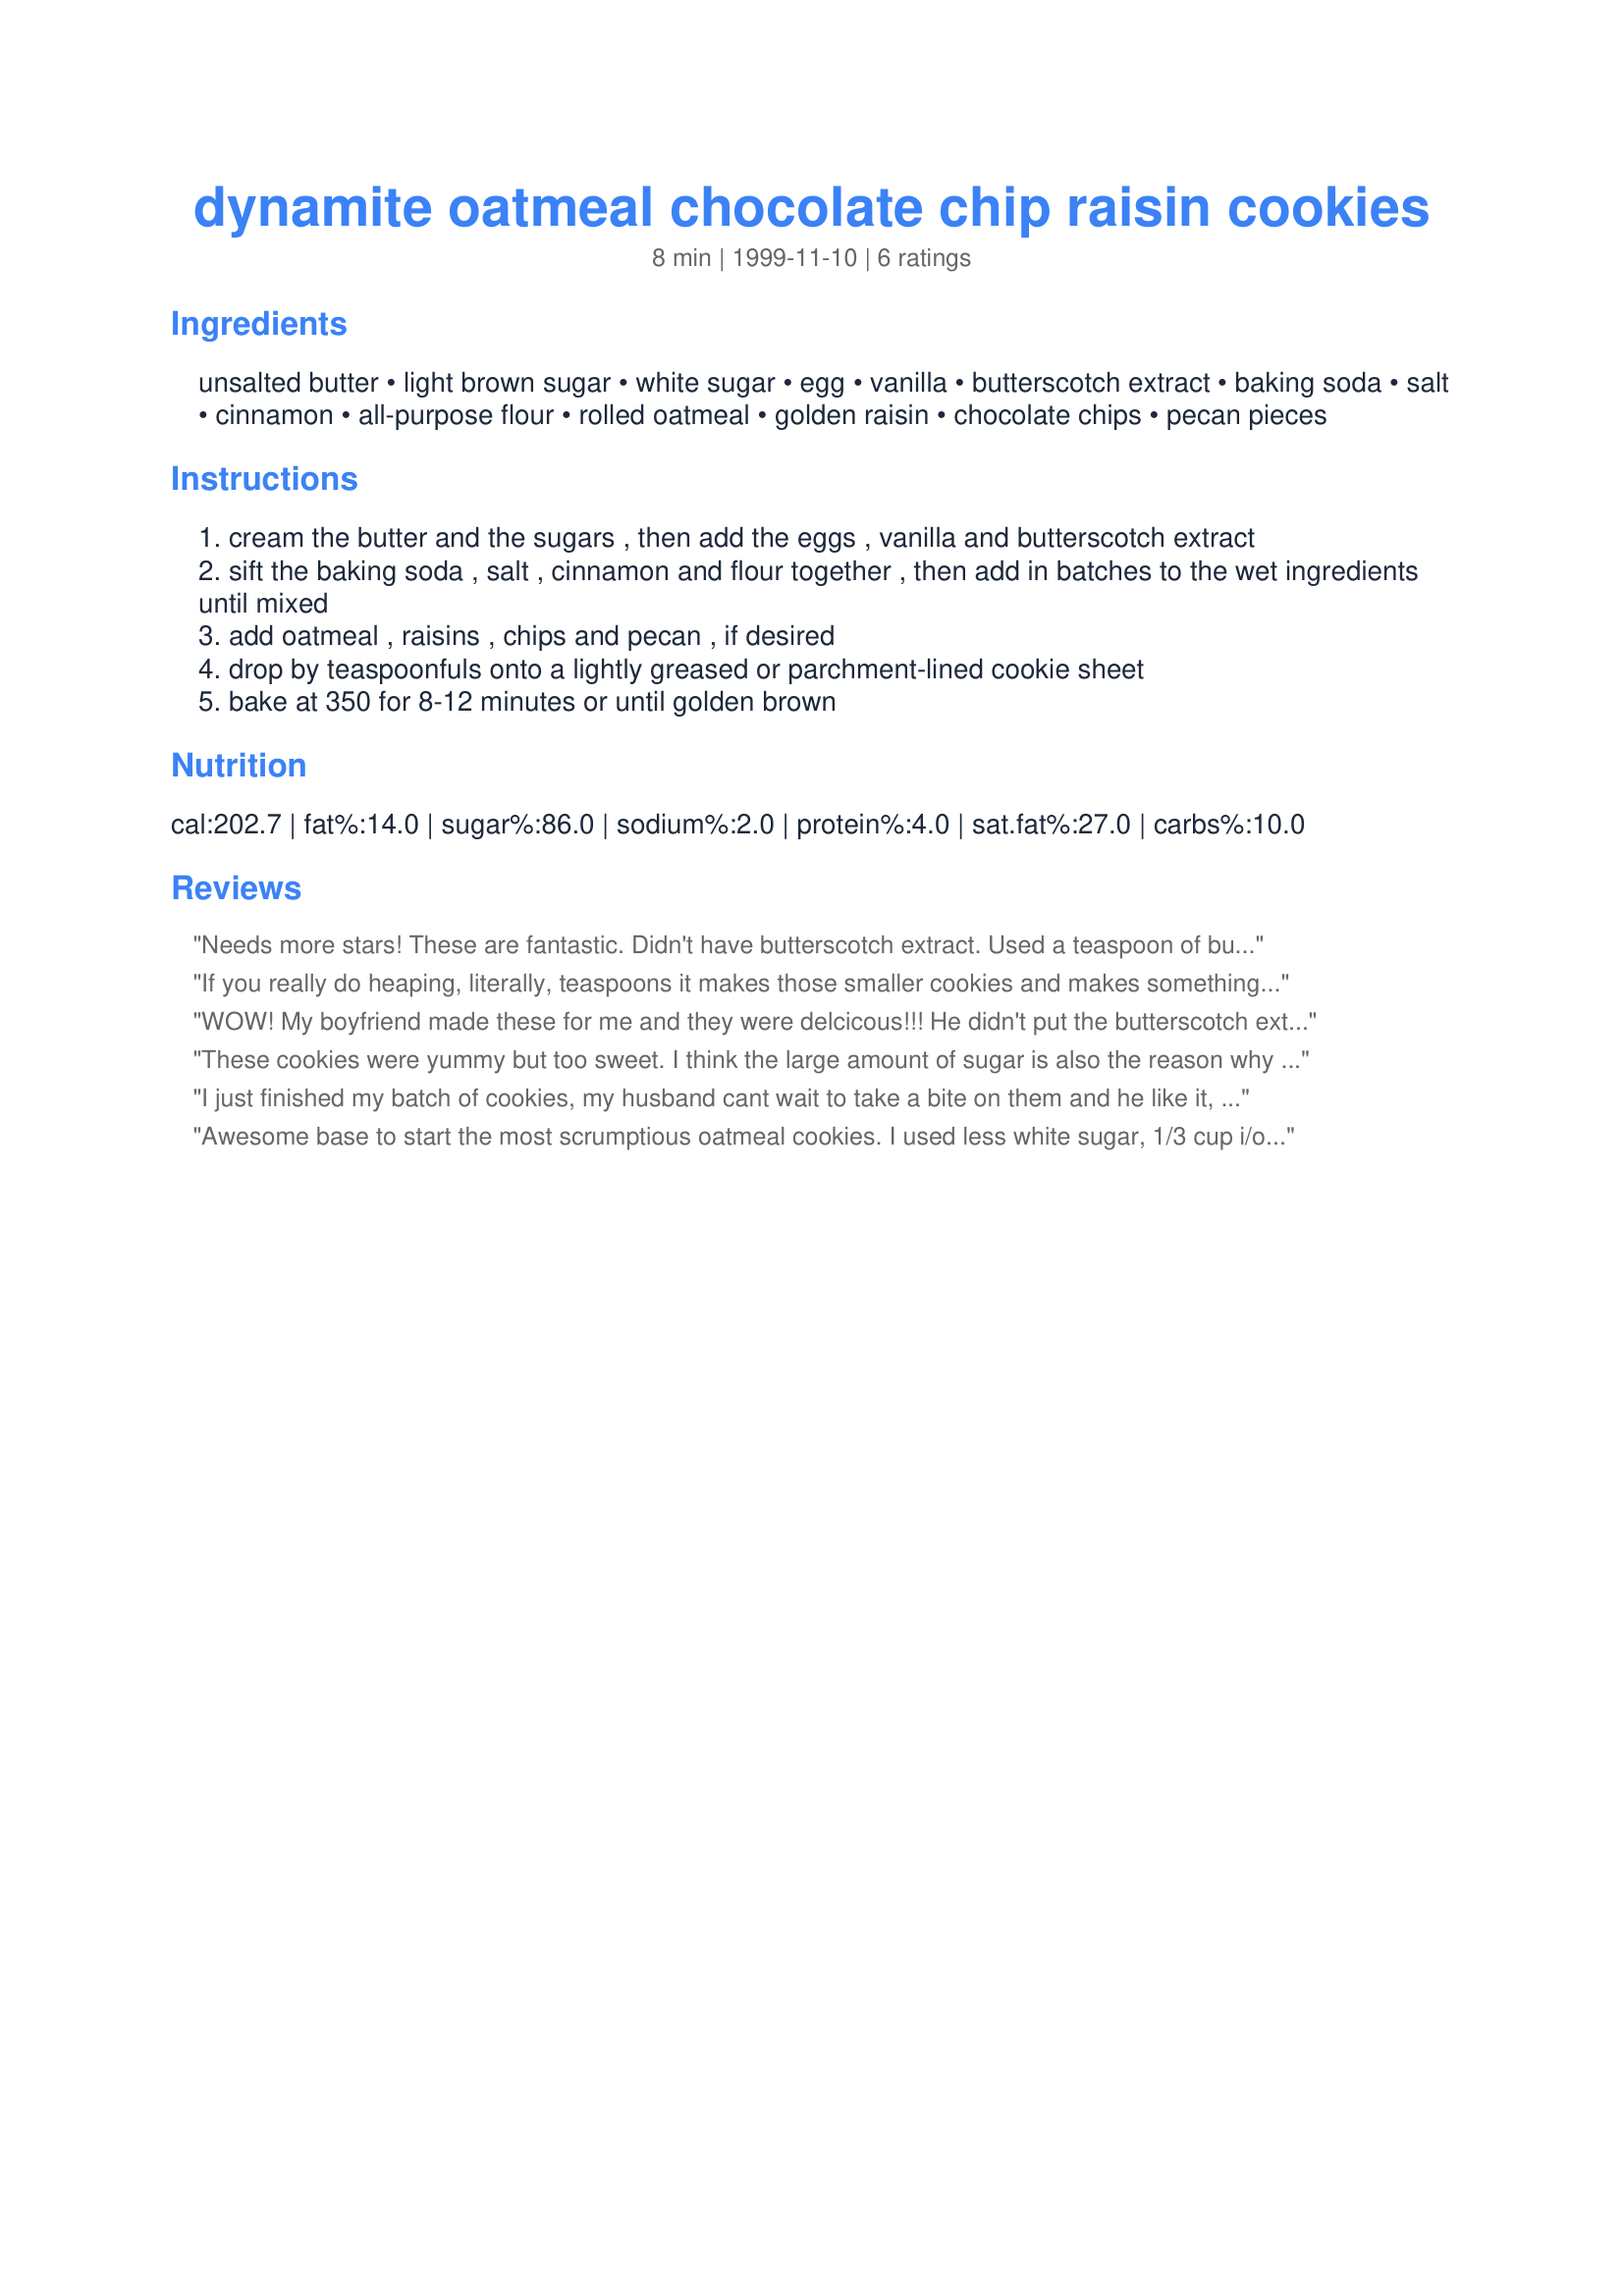
dynamite oatmeal chocolate chip raisin cookies
Preparation time: 8 minutes

Ingredients:
unsalted butter, light brown sugar, white sugar, egg, vanilla, butterscotch extract, baking soda, salt, cinnamon, all-purpose flour, rolled oatmeal, golden raisin, chocolate chips, pecan pieces

Steps:
cream the butter and the sugars , then add the eggs , vanilla and butterscotch extract
sift the baking soda , salt , cinnamon and flour together , then add in batches to the wet ingredients until mixed
add oatmeal , raisins , chips and pecan , if desired
drop by teaspoonfuls onto a lightly greased or parchment-lined cookie sheet
bake at 350 for 8-12 minutes or until golden brown

Reviews:
Needs more stars! These are fantastic. Didn't have butterscotch extract. Used a teaspoon of butterscotch pudding cup!
If you really do heaping, literally, teaspoons it makes those smaller cookies and makes something like 100 cookies...not the reported 30. Who complains about having more, especially when they're this good? Didn't use the butterscotch extract b/c I couldn't find it...and i used Pumpkin spice and cinnamon (1/8 each) just for fun not sure it made a difference. Very yummy cookies just took me a long time to make...4 separate batches (one cookie sheet & one oven)
WOW! My boyfriend made these for me and they were delcicous!!!
He didn't put the butterscotch extract or the raisins or pecans because we didn't have any of these. BUT, the cookies turned out much better than those on the lid of the quaker oats that I usually use. These cookies have about the same amounts of everything else but only 2/3 the oats than the other cookies and thus it makes them more like cookies and less like cereal. He baked half the batch that night and put the rest of the batter in the fridge to bake the next day. The next day the cookies came out even better! (maybe its good to let cookie dough rest overnight?)
Thanks Helen for this really nice oatmeal cookie recipe!!!!!!
:-)
These cookies were yummy but too sweet. I think the large amount of sugar is also the reason why they don't set up well. They had to cool on the pan for about 10 minutes or they just fell apart, which means making them is really time consuming. The flavor is pretty good and if I make them again I'd cut out 1/4 cup to 1/2 cup of the sugar.
I just finished my batch of cookies, my husband cant wait to take a bite on them and he like it, its so cheewy and perfect for my taste too,a cup of cappuccino is great with some pieces of this cookies.
I did not do any changes as its written.
My hubby take 1 dozen for my french parents in law, will definitely do it again, Merci beacoup pour la recette!
Awesome base to start the most scrumptious oatmeal cookies. I used less white sugar, 1/3 cup i/o the 1/2 called & cookies are still perfectly sweet. I didn't have baking soda so sub in 2x's the baking powder. I also rum soaked my raisins first, amazing flavor here when baked!! I doubled the vanilla & omitted the butterscotch. Also only used raisins, 1 1/2 cup and 1 cup of chopped walnuts. Amazing flavor, great chewiness & great crunch as well. Simply Perfect!!!
